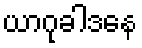
ယာဂုခါဒနေ